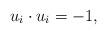
LaTeX: \begin{align*} u_i \cdot u_i = -1,\end{align*}